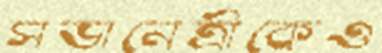
সভানেত্রীকেও